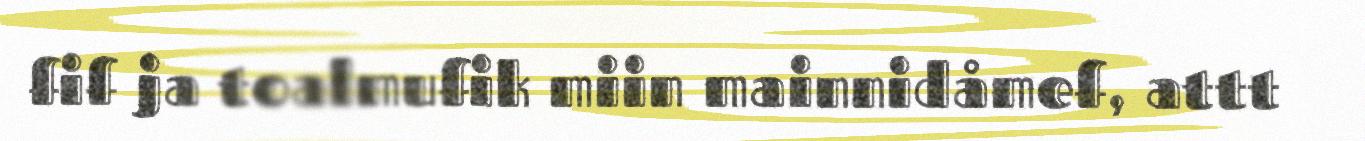
fif ja toalmufik miin mainnidåmef, attt